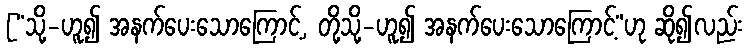
[“သို့-ဟူ၍ အနက်ပေးသောကြောင့်, တို့သို့-ဟူ၍ အနက်ပေးသောကြောင့်”ဟု ဆို၍လည်း